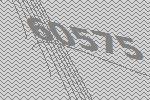
60575